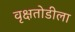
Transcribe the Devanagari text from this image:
वृक्षतोडीला